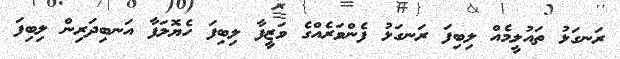
ރަނގަޅު ތައުލީމެއް ލިބިފަ ރަނގަޅު ފެންވަރެއްގެ ވަޒީފާ ލިބިފަ ހެޔޮލަފާ އަނބިދަރިން ލިބިފަ